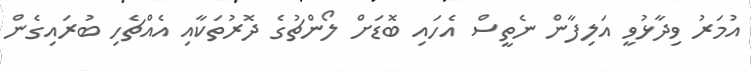
އުމަރު ވިދާޅުވީ އަލިފާން ނެތީސް އެހައި ބޮޑަށް ލޯންޗުގެ ދޮރުތަކާއި އެއްޗެހި ބުރައިގެން